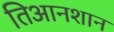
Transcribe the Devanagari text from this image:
तिआनशान